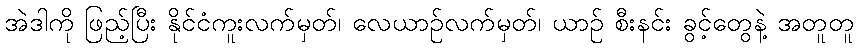
အဲဒါကို ဖြည့်ပြီး နိုင်ငံကူးလက်မှတ်၊ လေယာဉ်လက်မှတ်၊ ယာဉ် စီးနင်း ခွင့်တွေနဲ့ အတူတူ